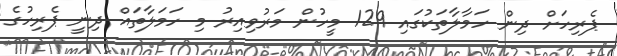
ޕެރިހަށް ދިން ހަމާލާތަކުގައި 129 މީހުން މަރުވިއިރު މި ހަމަލާތައް ދިނީ ޕެރިހުގެ